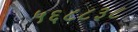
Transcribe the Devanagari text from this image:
५६८८३८